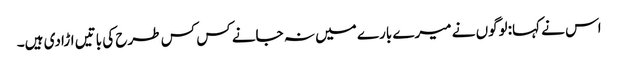
اس نے کہا:لوگوں نے میرے بارے میں نہ جانے کس کس طرح کی باتیں اڑادی ہیں۔